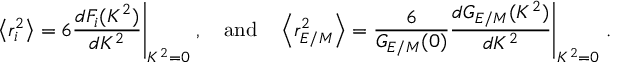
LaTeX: \left< r _ { i } ^ { 2 } \right> = 6 { \frac { d F _ { i } ( K ^ { 2 } ) } { d K ^ { 2 } } } \Bigg \vert _ { K ^ { 2 } = 0 } \; , \quad \mathrm { a n d } \quad \left< r _ { E / M } ^ { 2 } \right> = { \frac { 6 } { G _ { E / M } ( 0 ) } } { \frac { d G _ { E / M } ( K ^ { 2 } ) } { d K ^ { 2 } } } \Bigg \vert _ { K ^ { 2 } = 0 } \; .